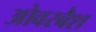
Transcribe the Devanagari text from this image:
ओवरबैश